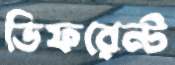
ডিফরেন্ট